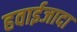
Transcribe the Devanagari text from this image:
हवाईजादा